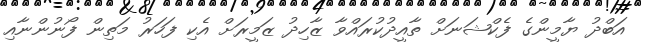
އަބްދު ޔާމީންގެ ފެކްޝަނަށް ތާއީދުކުރައްވާ ޒާހިދު ޒަމީރަށް އެކި ފަހަރު މަތިން ފޯނުންނާއި